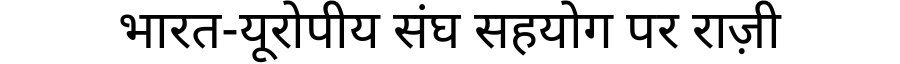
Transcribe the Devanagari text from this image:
भारत-यूरोपीय संघ सहयोग पर राज़ी